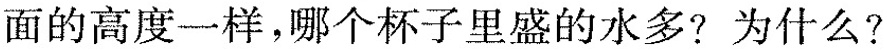
面的高度一样，哪个杯子里盛的水多？为什么？